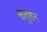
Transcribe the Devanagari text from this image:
सलुशन